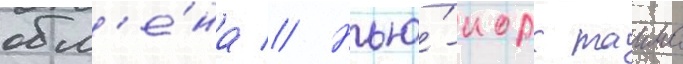
обм'е́на // Нью́-иорк таимс